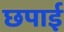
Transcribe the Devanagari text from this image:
छपार्इ